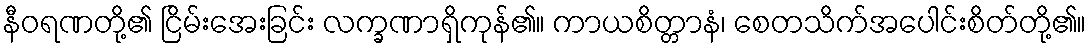
နီဝရဏတို့၏ ငြိမ်းအေးခြင်း လက္ခဏာရှိကုန်၏။ ကာယစိတ္တာနံ၊ စေတသိက်အပေါင်းစိတ်တို့၏။